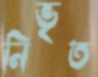
নিভৃত